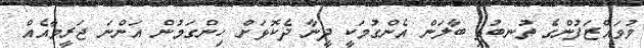
މުވައްޒަފުންގެ ތުނބުޅި ބާލަން އެންގުމަކީ ދީނާ ދެކޮޅަށް ހިންގަމުން އަންނަ ޖަރީމާއެއް